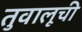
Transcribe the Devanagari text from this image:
तुवालूची